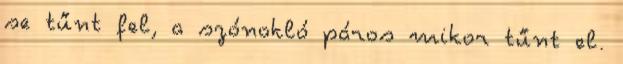
se tűnt fel, a szónokló páros mikor tűnt el.